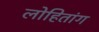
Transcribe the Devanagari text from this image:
लोहितांग